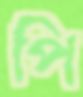
পি